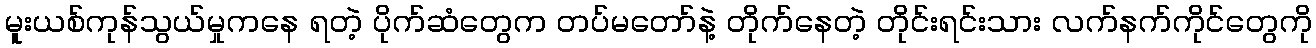
မူးယစ်ကုန်သွယ်မှုကနေ ရတဲ့ ပိုက်ဆံတွေက တပ်မတော်နဲ့ တိုက်နေတဲ့ တိုင်းရင်းသား လက်နက်ကိုင်တွေကို